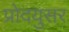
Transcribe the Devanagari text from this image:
प्रोदयुसर